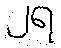
၂ရ